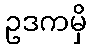
ဥဒကမှိ